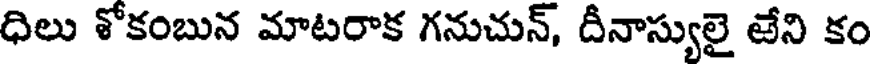
ధిలు శోకంబున మాటరాక గనుచున్, దీనాస్యులై టేని కం